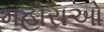
મહોરાઓ